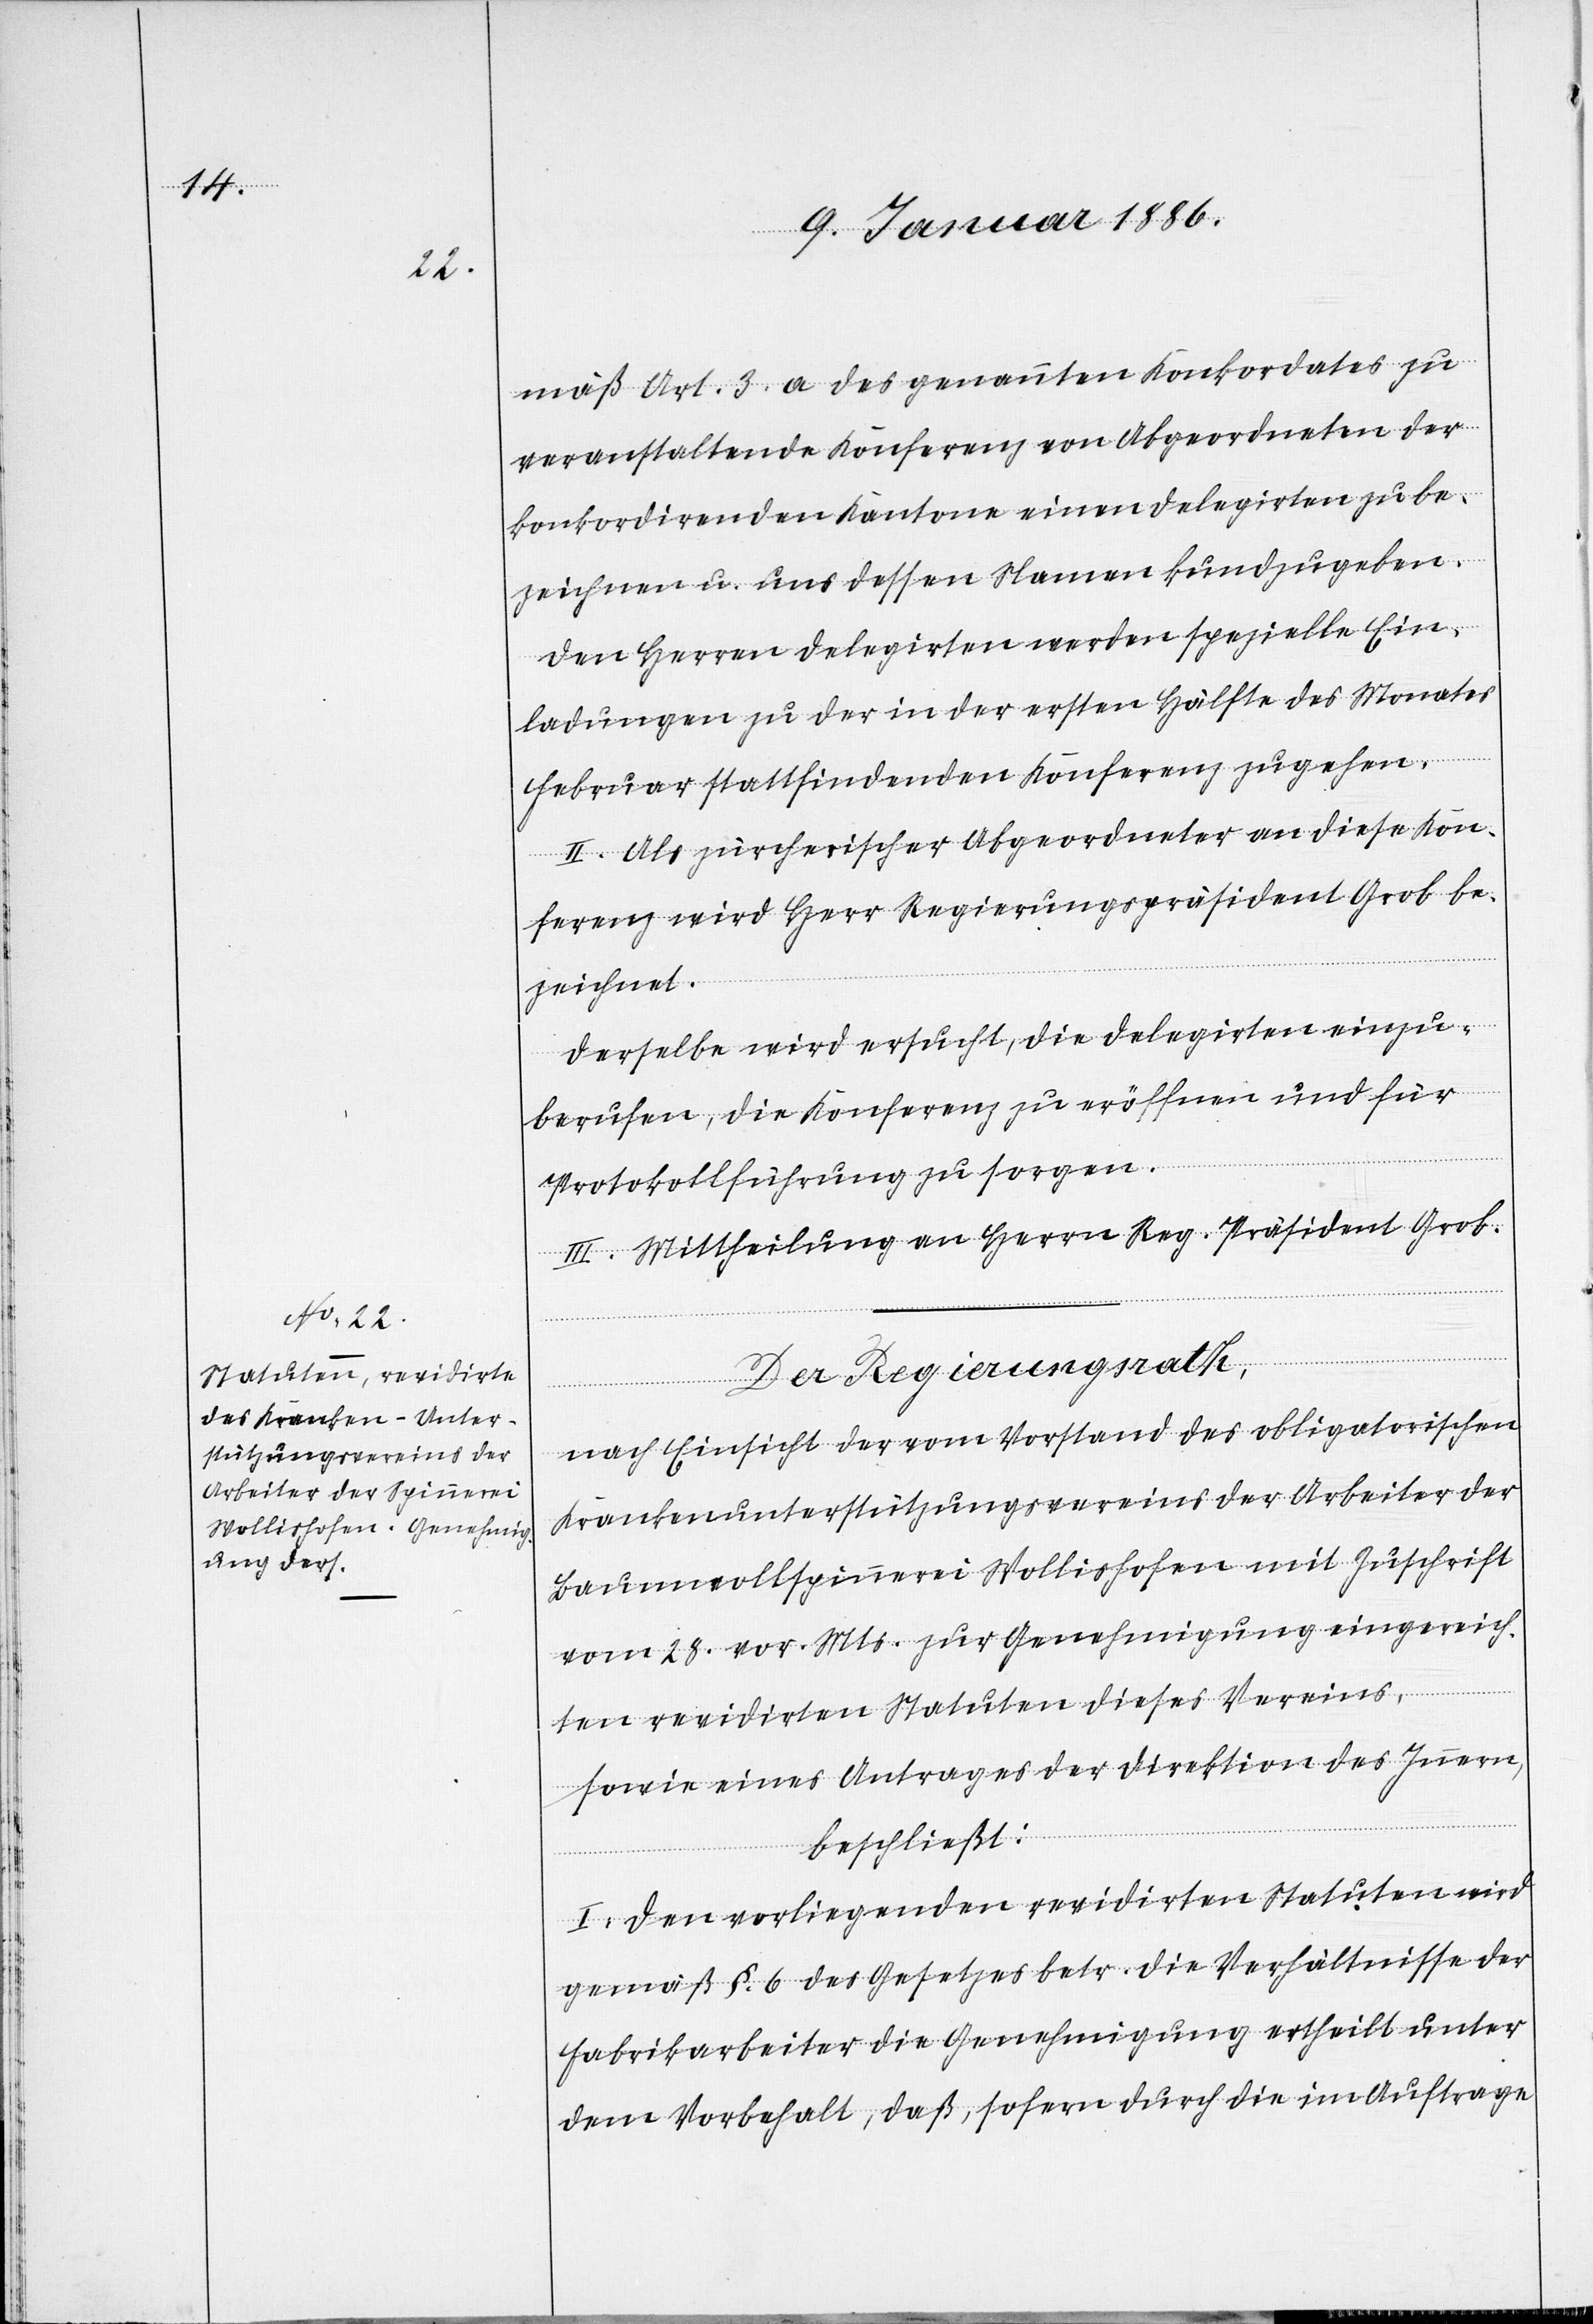
mäß Art. 3 a des genannten Konkordates zu
veranstaltenden Konferenz von Abgeordneten der
konkordirenden Kantonen einen Delegirten zu be¬
zeichnen u. uns dessen Namen kundzugeben.
Den Herren Delegirten werden spezielle Ein¬
ladungen zu der in der ersten Hälfte des Monates
Februar stattfindenden Konferenz zugehen.“
II. Als zürcherischer Abgeordneter an diese Kon¬
ferenz wird Herr Regierungspräsident Grob be¬
zeichnet.
Derselbe wird ersucht, die Delegirten einzu¬
berufen, die Konferenz zu eröffnen und für
Protokollführung zu sorgen.
III. Mittheilung an Herrn Reg. Präsident Grob.
Der Regierungsrath,
nach Einsicht der vom Vorstand des obligatorischen
Krankenunterstützungsvereins der Arbeiter der
Baumwollspinnerei Wollishofen mit Zuschrift
vom 28. vor. Mts. zur Genehmigung eingereich¬
ten revidirten Statuten dieses Vereins,
sowie eines Antrages der Direktion des Innern,
beschließt:
I. Den vorliegenden revidirten Statuten wird
gemäß § 6 des Gesetzes betr. die Verhältnisse der
Fabrikarbeiter die Genehmigung ertheilt unter
dem Vorbehalt, daß, sofern durch die im Auftrage